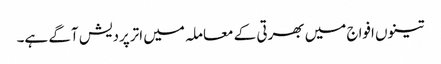
تینوں افواج میں بھرتی کے معاملہ میں اترپردیش آگے ہے۔